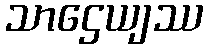
သာဌေယျဿ